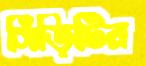
সিঁড়িটির